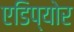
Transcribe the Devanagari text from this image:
एडिप्योर